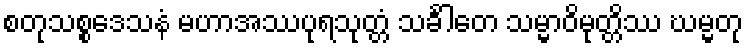
စတုသစ္စဒေသနံ မဟာအဿပုရသုတ္တံ သင်္ခါတေ သမ္မာဝိမုတ္တိဿ ဃမ္မတု